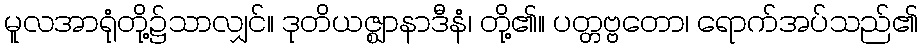
မူလအာရုံတို့၌သာလျှင်။ ဒုတိယဇ္ဈာနာဒီနံ၊ တို့၏။ ပတ္တဗ္ဗတော၊ ရောက်အပ်သည်၏